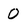
Character: O